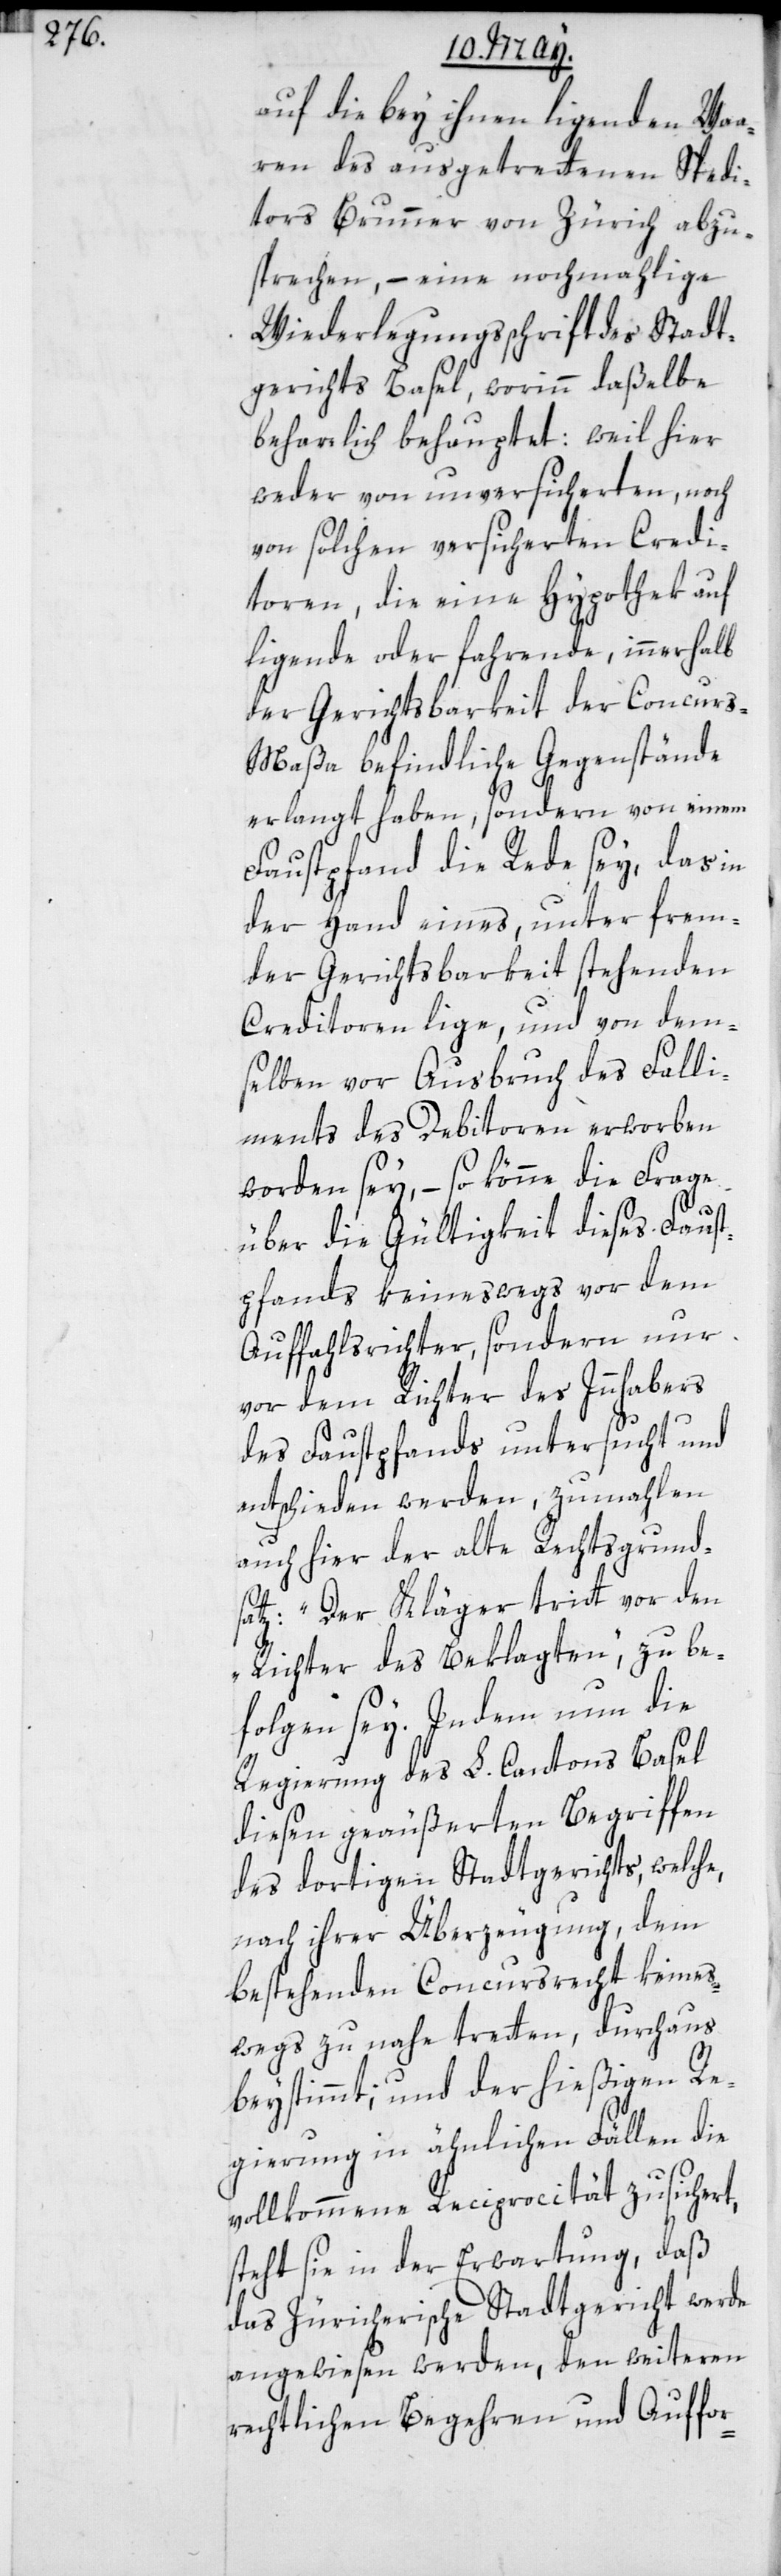
auf die bey ihnen liegenden Waa¬
ren des ausgetrettenen Spedi¬
tors Brunner von Zürich abzu¬
sprechen, – eine nochmahlige
Widerlegungsschrift des Stadt¬
gerichts Basel, worinn daßelbe
beharrlich behauptet: weil hier
weder von unversicherten noch
von solchen versicherten Credi¬
toren, die eine Hypothek auf
liegende oder fahrende, innerhalb
der Gerichtsbarkeit der Concur¬
s-Maßa befindliche Gegenstände
erlangt haben, sondern von einem
Faustpfand die Rede sey, das in
der Hand eines, unter frem¬
der Gerichtsbarkeit stehenden
Creditoren lige, und von dem¬
selben vor Ausbruch des Falli¬
ments des Debitoren erworben
worden sey, – so könne die Frage
über die Gültigkeit dieses Faust¬
pfands keineswegs vor dem
Auffahlsrichter, sondern nur
vor dem Richter des Innhabers
des Fauspfands untersucht und
entschieden werden, zumahlen
auch hier der alte Rechtsgrund¬
satz: „Der Kläger tritt vor den
Richter des Beklagten“, zu be¬
folgen sey. Indem nun die
Regierung des L. Cantons Basel
diesen geäußerten Begriffen
des dortigen Stadtgerichts, welche
nach ihrer Überzeugung, dem
bestehenden Concursrecht keines¬
wegs zu nahe tretten, durchaus
beystimmt, und der hießigen Re¬
gierung in ähnlichen Fällen die
vollkommene Reciprocität zusichert,
steht sie in der Erwartung, daß
das Züricherische Stadtgericht werde
angewiesen werden, den weiteren
rechtlichen Begehren und Auffor-